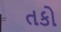
તકો